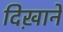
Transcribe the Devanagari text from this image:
दिख़ाने